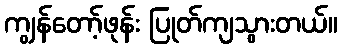
ကျွန်တော့်ဖုန်း ပြုတ်ကျသွားတယ်။